Indian journal of veterinary science and animal husbandry - Volume 13,
Year: 1943
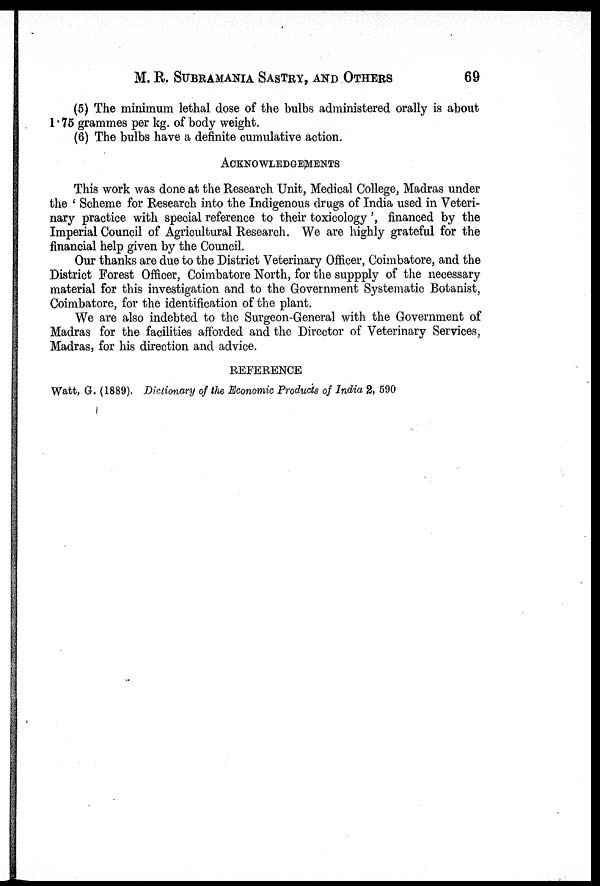
M. R. SUBRAMANIA SASTRY, AND OTHERS 69
(5) The minimum lethal dose of the bulbs administered orally is about
1 . 75 grammes per kg. of body weight.
(6) The bulbs have a definite cumulative action.
ACKNOWLEDGEMENTS
This work was done at the Research Unit, Medical College, Madras under
the ' Scheme for Research into the Indigenous drugs of India used in Veteri-
nary practice with special reference to their toxicology', financed by the
Imperial Council of Agricultural Research. We are highly grateful for the
financial help given by the Council.
Our thanks are due to the District Veterinary Officer, Coimbatore, and the
District Forest Officer, Coimbatore North, for the suppply of the necessary
material for this investigation and to the Government Systematic Botanist,
Coimbatore, for the identification of the plant.
We are also indebted to the Surgeon-General with the Government of
Madras for the facilities afforded and the Director of Veterinary Services,
Madras, for his direction and advice.
REFERENCE
Watt, G. (1889). Dictionary of the Economic Products of India 2, 590